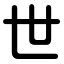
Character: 世